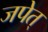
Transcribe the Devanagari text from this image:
जपेत्